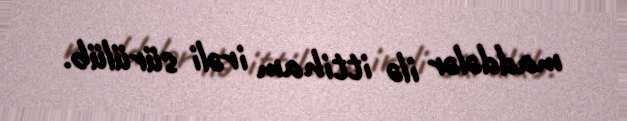
maddələr ilə ittiham irəli sürülüb.